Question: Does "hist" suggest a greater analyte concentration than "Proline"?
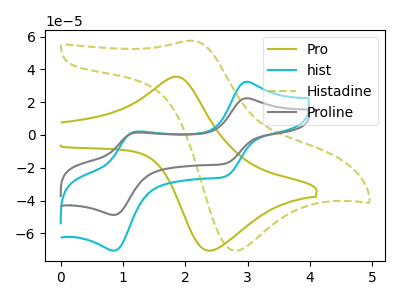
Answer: <think>The olive curve "Pro" has an anodic peak at (1.85V, 35.45uA) and a cathodic peak at (2.40V, -70.55uA). The cyan curve "hist" has anodic peaks at (3.00V, 32.35uA) (1.20V, 2.00uA) and cathodic peaks at (2.65V, -25.10uA) (0.85V, -70.60uA). The olive dashed curve "Histadine" has an anodic peak at (2.10V, 57.40uA) and a cathodic peak at (2.80V, -70.65uA). The gray curve "Proline" has anodic peaks at (3.00V, 22.35uA) (1.20V, 1.40uA) and cathodic peaks at (2.65V, -17.35uA) (0.85V, -48.80uA).
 All the peaks in "hist" have a peak in "Proline" at the same potential. Every peak in "hist" is higher than every peak in "Proline".</think>
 <answer>"hist" has more signal than "Proline".</answer>
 <eval>more_signal</eval>